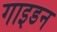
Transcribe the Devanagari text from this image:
गाइडन